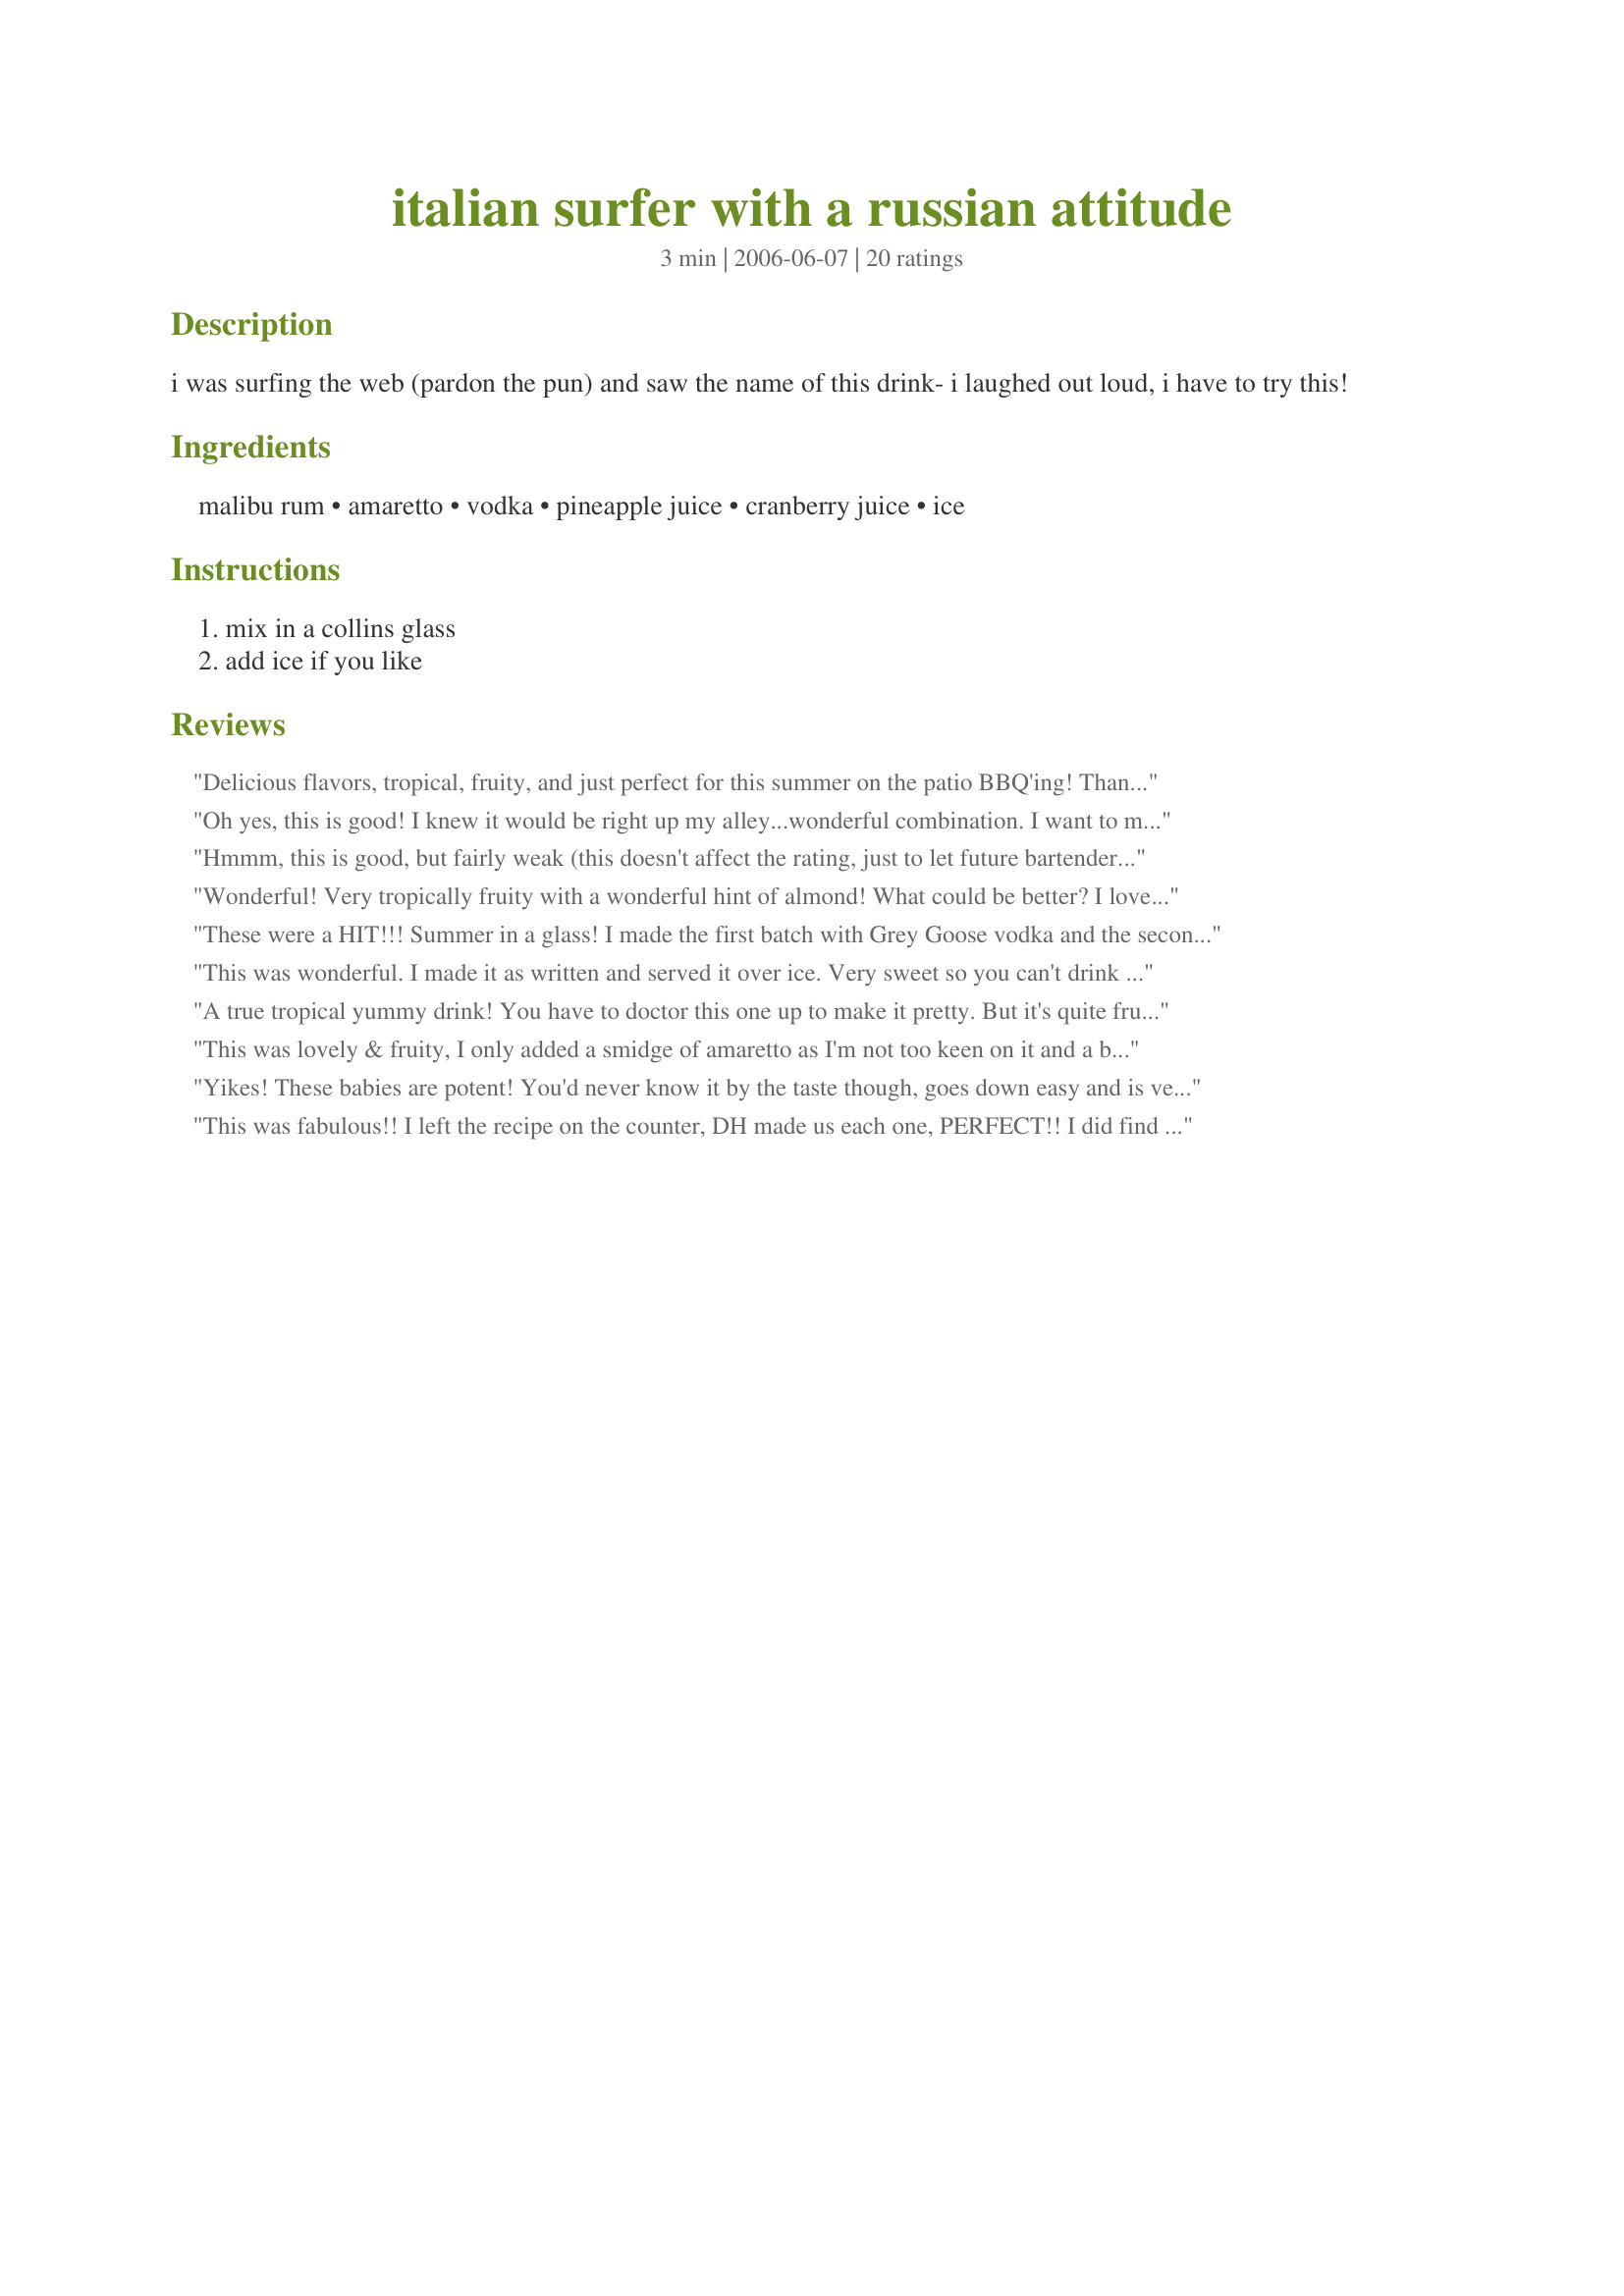
italian surfer with a russian attitude
Preparation time: 3 minutes

i was surfing the web (pardon the pun) and saw the name of this drink- i laughed out loud, i have to try this!

Ingredients:
malibu rum, amaretto, vodka, pineapple juice, cranberry juice, ice

Steps:
mix in a collins glass, add ice if you like

Reviews:
Delicious flavors, tropical, fruity, and just perfect for this summer on the patio BBQ'ing! Thank you for a great new cocktail to offer my guests! Made for ZWT4.
Oh yes, this is good! I knew it would be right up my alley...wonderful combination. I want to make another one, but if I do, I may forget about making dinner! Thanks for posting.
Hmmm, this is good, but fairly weak (this doesn't affect the rating, just to let future bartenders know :) ). The flavors blend well, but . . . I don't know, there is something it needs. We made it with ice.
Wonderful! Very tropically fruity with a wonderful hint of almond! What could be better? I love this drink : ) I served with a fresh pineapple slice. Thanks so much, Nick's Mom!
These were a HIT!!! Summer in a glass! I made the first batch with Grey Goose vodka and the second with Absolute Vanilla Vodka. The girls liked the vanilla better and the guys liked the regular vodka better. I put a pineapple ring in each glass with crushed iced and muddled it well. I mixed the liquor in a shaker and then poured it in the glass and added a splash of Cran-raspberry. These are a crowd pleaser!
This was wonderful. I made it as written and served it over ice. Very sweet so you can't drink a lot of these. Thanks for sharing. Made for ZWT4.
A true tropical yummy drink! You have to doctor this one up to make it pretty. But it's quite fruity, strong and delicious! (Couldn't really see this being a real Italian drink other than the amaretto). Still a wonderful drink though. ZWT4 in Italy with the Babes.
This was lovely & fruity, I only added a smidge of amaretto as I'm not too keen on it and a bit more cranberry juice, very refreshing drink. Made for ZWT 4
Yikes! These babies are potent! You'd never know it by the taste though, goes down easy and is very tropical tasting; great on a hot day like today. Made for ZWT4.
This was fabulous!! I left the recipe on the counter, DH made us each one, PERFECT!!
I did find out after the fact, DH used Vanilla Vodka...I do believe I'd leave it that way!!
Thank you Brenda!!
Still learning a lot about what I like to drink and what I do not. This was pretty good. I know some folks who will probably think this is very good. I had an already chilled bottle of limoncello sitting in the fridge so I used that in place of the vodka. Thanks for the posting. Made for my Babes for ZWT4.
Very very good. The color was not appealing. But the taste was amazing. I added a little bit more of cranberry juice. The one I got was not a good red. I shaked it in a shaker with ice.
Very yummy and perfect for a summer night! I have to remember this one! It was fruity without being too much. Sometimes drinks with pineapple juice are just too sweet - but this one balanced out nicely. Made for the Babes of ZWT4.
Tasty! And funny darn name! I did double, as I wanted to share with DH; he loved it too! Going into the summer 'rotation'! Thanks so much for sharing, Bren!
Wow!!! What a great drink!! Nice and fruity. You wouldn't know there's alcohol in it. Very refreshing. Thanks for sharing you recipe. Made ofr ZWT $ Zingo and Family Picks and for the Cafe ZMAKK Gypsies.
Nice change from my usual...a shot of vodka, down a few pickles, 30 minutes later another shot of vodka. Makes for a lovely Russian meal. Are you a 'plant'?
This is a very tropical type drink, I tried without ice and felt I really needed the ice to tone it down just slightly. My DH felt it was a tad too sweet for his taste, but I didn't have any problem with it. Fun drink - love the title. Made for the ZWT4.
I swear we didnt try this because of your Greenbay symbol!! (My husband is a huge Greenbay fan.) He LOVED this drink and so did I. I might even try to make it a bit stronger next time for myself. It is going to become a regular for us!! What a treat! And I LOVE the name. Its as fun to say as it is to drink! Thanks for posting.
This was a good drink! I rated it a 7/10 in my cocktail book. It has a nice amount of alcohol but isnt too strong or sweet. Thanks for the recipe!
I gave this 5 stars. Yummy! This is so good! I love the color. This tasted so good. I love pineapple and coconut. This didn't have a strong taste the flavors just mixed nicely. I tried this with the splash but added a bit more to calm down the Vodka taste. Overall I'd so make this again for sure! Thanks for posting a good recipe! Christine (internetnut)
